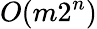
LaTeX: O(m2^{n})